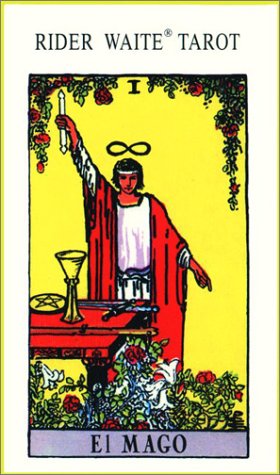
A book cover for Rider-Waite Tarot (Spanish Version); Humor & Entertainment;